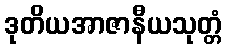
ဒုတိယအာဇာနီယသုတ္တံ